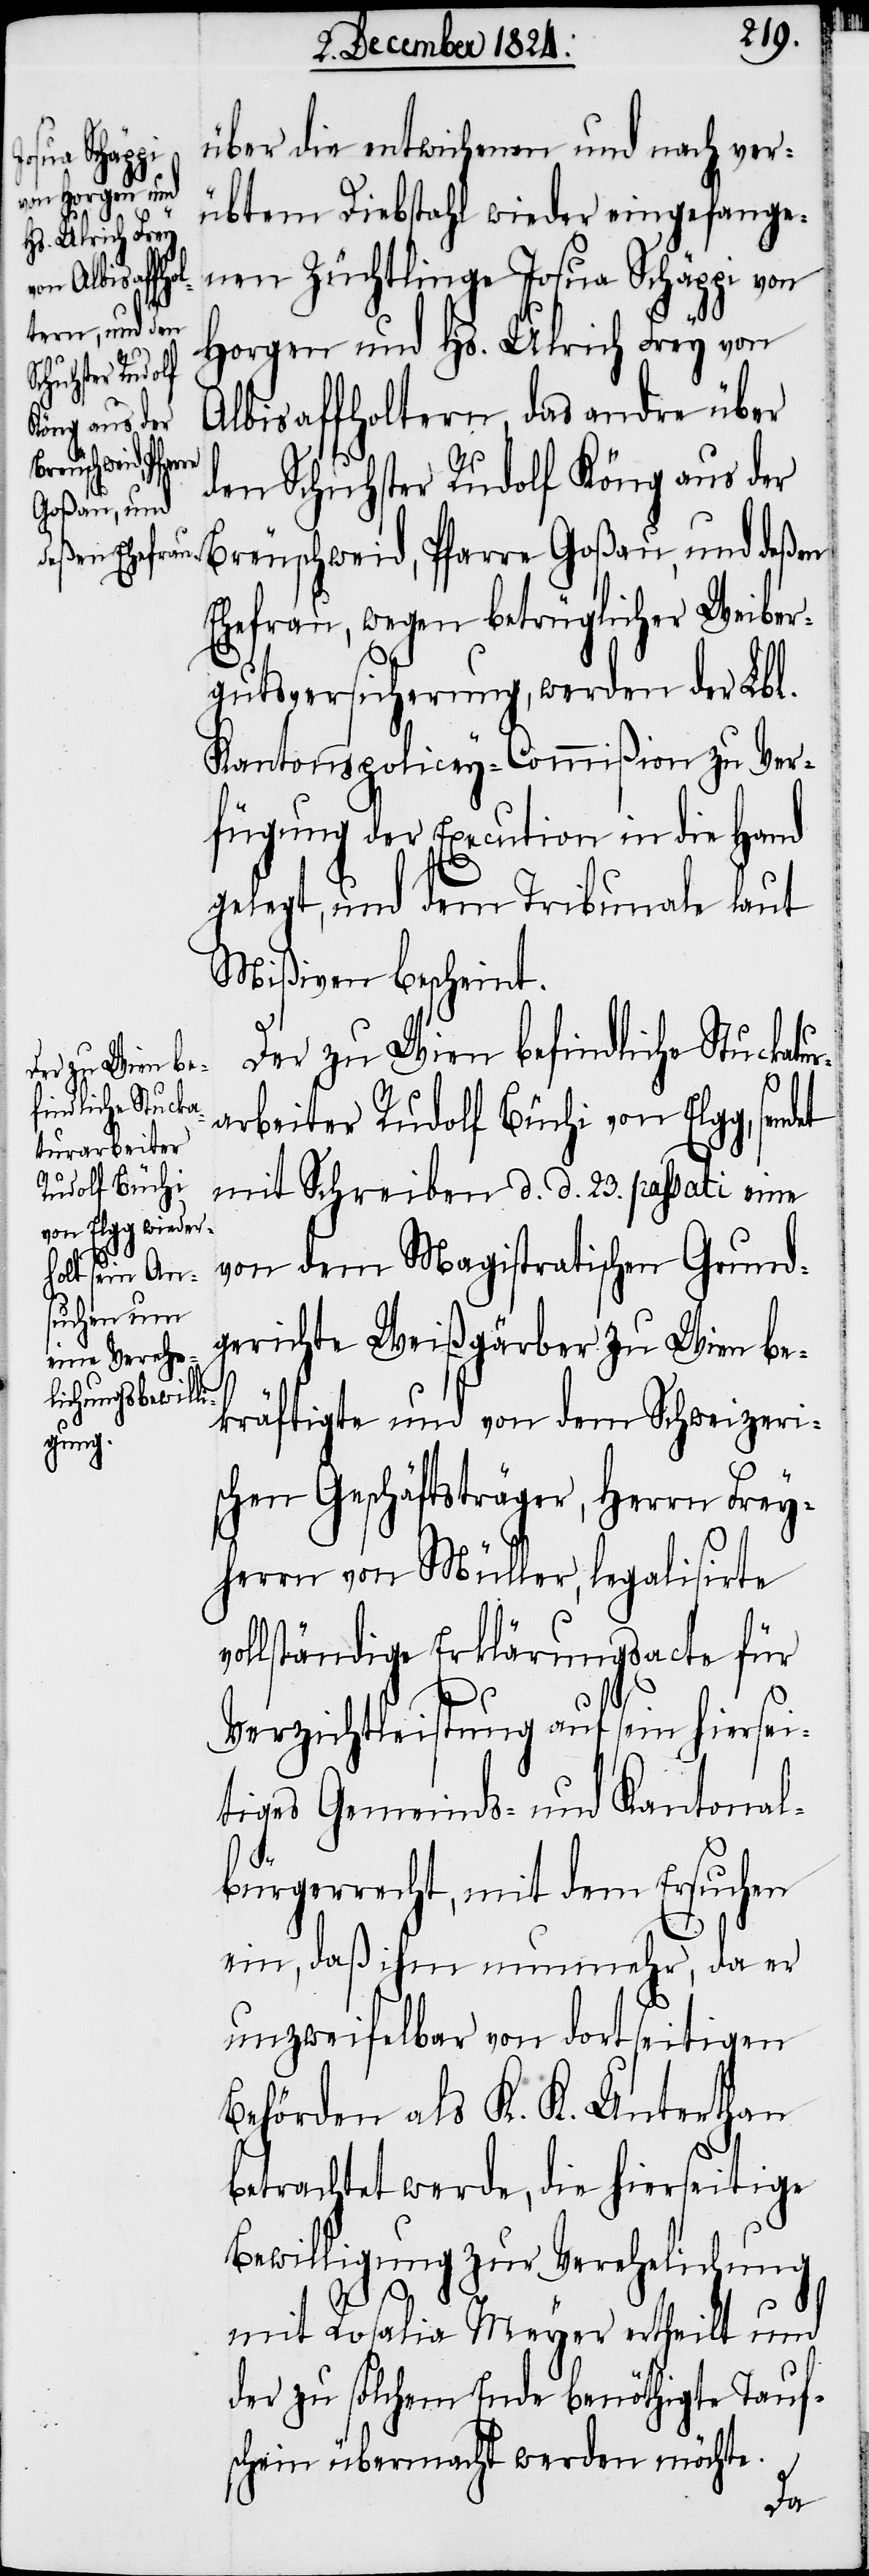
et

über die entwichenen und nach ver¬
übtem Diebstahl wieder eingefange¬
nen Züchtlinge Josua Schäppi von
Horgen und Hs. Ulrich Frey von
Albisaffholtern, das andre über
den Schuhster Rudolf Köng aus der
Breuschweid, Pfarre Goßau, und deßen
Ehefrau, wegen betrüglicher Weiber¬
gutsversicherung, werden der Lbl.
Kantonspolicey-Commißion zu Ver¬
fügung der Execution in die Hand
gelegt, und dem Tribunale laut
Mißiven bescheint.
Der zu Wien befindliche Stuckatu¬
rarbeiter Rudolf Büchi von Elgg, send¬
mit Schreiben d. d. 23. passati eine
von dem Magistralischen Grund¬
gerichte Weißgärber zu Wien be¬
kräftigte und von dem Schweizeri¬
schen Geschäftsträger, Herrn Frey¬
herrn von Müller, legalisirte
ollständige Erklärungsacte für
Verzichtleistung auf sein hiersei¬
tiges Gemeinds- und Kantonal¬
bürgerrecht, mit dem Ersuchen
ein, daß ihm nunmehr, da er
unzweifelbar von dortseitigen
Behörden als K. K. Unterthan
betrachtet werde, die hierseitige
Bewilligung zur Verehelichung
mit Rosalia Meyer ertheilt und
der zu solchem Ende benöthigte Tauf¬
schein übermacht werden möchte.
v¬